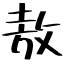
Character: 敖